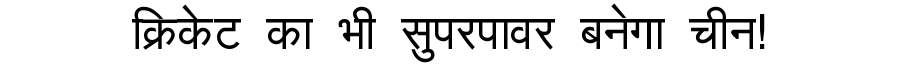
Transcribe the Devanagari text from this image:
क्रिकेट का भी सुपरपावर बनेगा चीन!